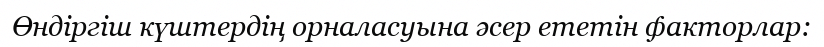
Өндіргіш күштердің орналасуына әсер ететін факторлар: